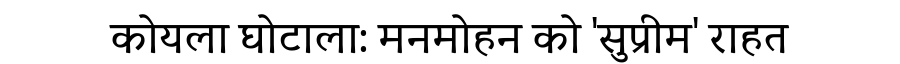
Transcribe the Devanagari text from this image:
कोयला घोटाला: मनमोहन को 'सुप्रीम' राहत